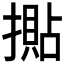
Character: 𢵚